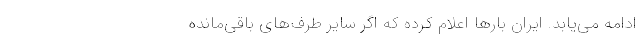
ادامه می‌یابد. ایران بارها اعلام کرده که اگر سایر طرف‌های باقی‌مانده